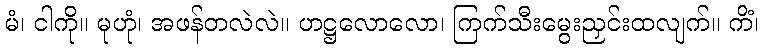
မံ၊ ငါကို။ မုဟုံ၊ အဖန်တလဲလဲ။ ဟဋ္ဌလောလော၊ ကြက်သီးမွေးညှင်းထလျက်။ ကိံ၊